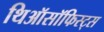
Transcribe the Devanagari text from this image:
थिऑसॉफिस्ट्स